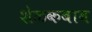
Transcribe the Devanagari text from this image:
शेळकबाव